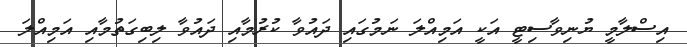
އިސްލާމީ ޔުނިވާސިޓީ އަކީ އަމިއްލަ ނަމުގައި ދައުވާ ކުރުމާއި ދައުވާ ލިބިގަތުމާއި އަމިއްލަ